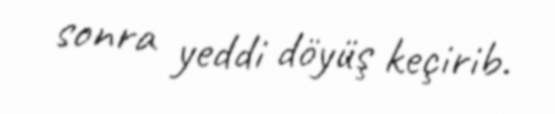
sonra yeddi döyüş keçirib.